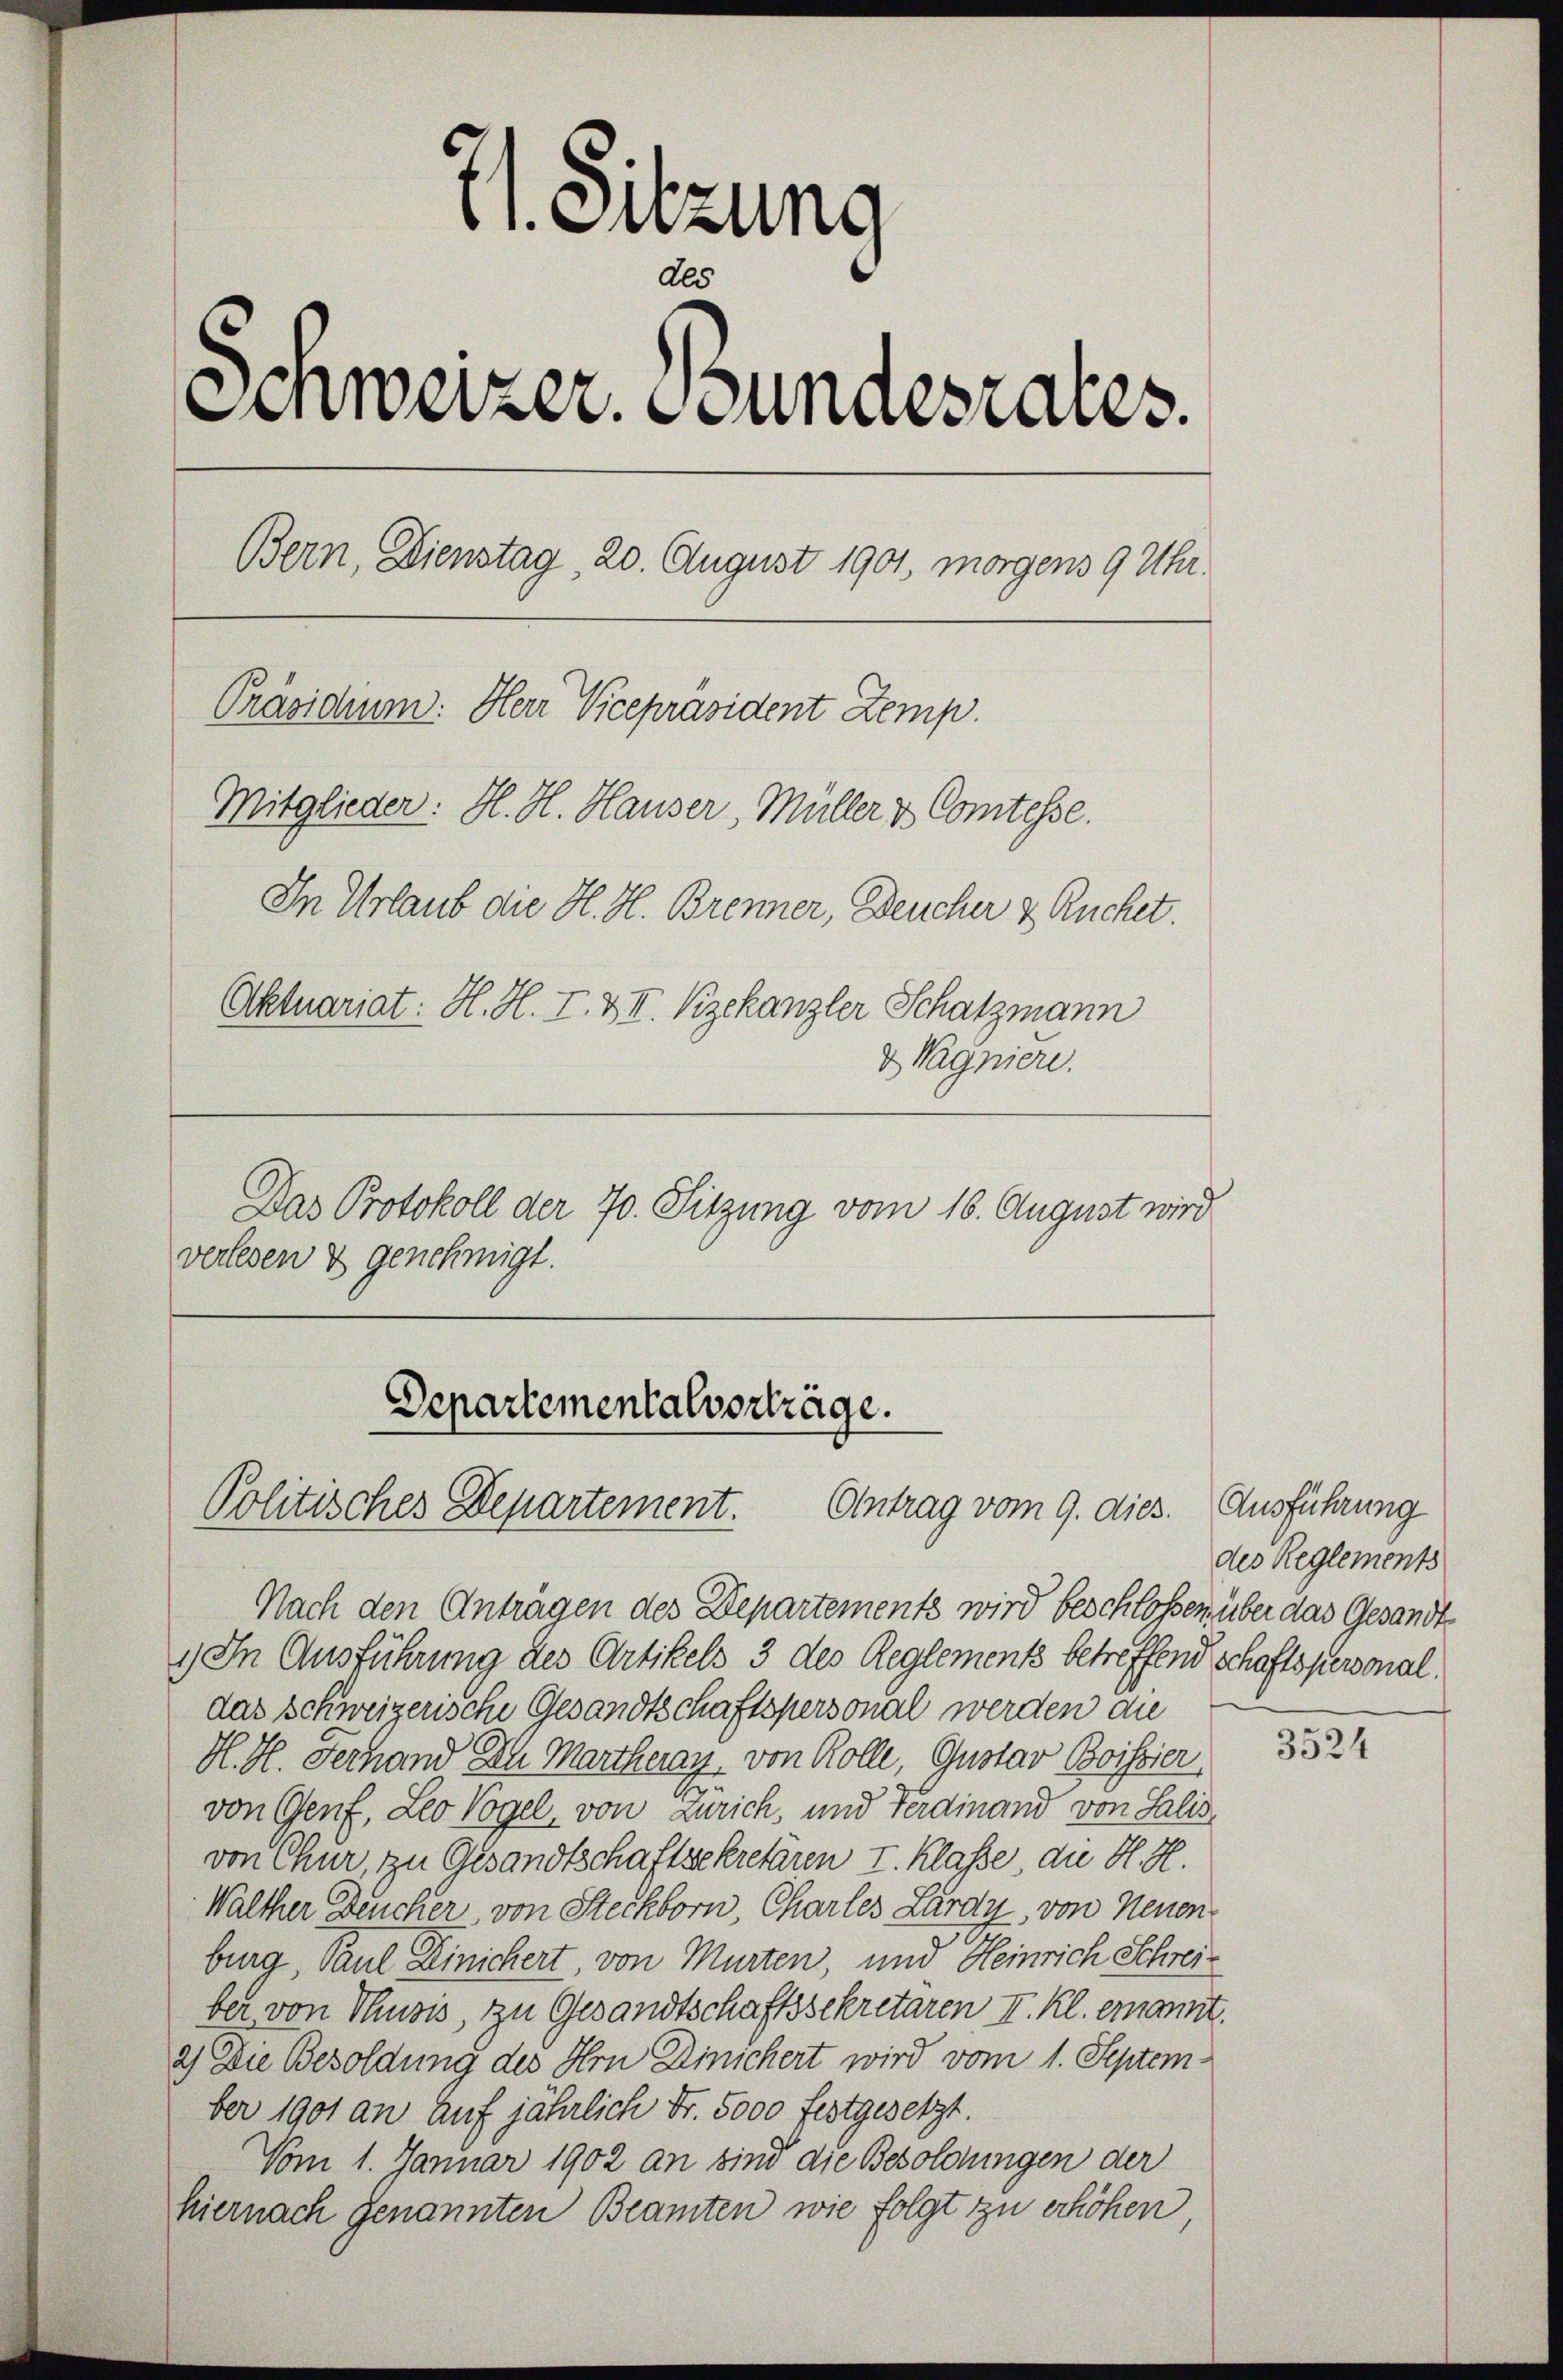
I1. Sitzung
Als
Schweizer. Bundesrates.
Bern, Dienstag, 20. August 1901, morgens 9 Uhr.
Präsidium. Herr Vicepräsident Zemp.
Mitglieder: H. H. Hauser, Müller & Comtesse.
In Urlaub die H. H. Brenner, Deucher & Ruchet.
Aktuariat: H. H. I. & II. Kzekanzler Schatzmann
& Wagniere.
Das Protokoll der 70. Sitzung vom 16. August wird
verlesen & genehmigt.

Departementalverträge.
Politisches Departement. Antrag vom 9. dies. Ausführung

Nach den Anträgen des Departements wird beschloßen, über das Gesandte
1) In Ausführung des Artikels 3 des Reglements betreffend schaftspersonaldas Schweizerische Gesandtschaftspersonal werden die
H. H. Gerhand dh Martheray, von Rolle, Gustav Boissier
von Genf, Leo Vogel, von Zürich, und Ferdinand von Salis
von Chur, zu Gesandtschaftsekretären I. Klasse, du H. H.
Walther Deucher, von Steckborn, Charles Lardy, von Neuenburg, Paul Dinichert, von Murten, und Heinrich Schreiber von Thusis, zu Gesandtschaftssekretären II. Kl. emannt.
2) Die Besoldung des Hrn Dinichert wird vom 1. September 1901 an auf jährlich Fr. 5000 festgesetzt.
Vom 1. Januar 1902 an sind die Besoldungen der
hiernach genannten Beamten wie folgt zu erhöhen,

des Reglements

3524